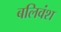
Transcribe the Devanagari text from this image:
बलिवंश